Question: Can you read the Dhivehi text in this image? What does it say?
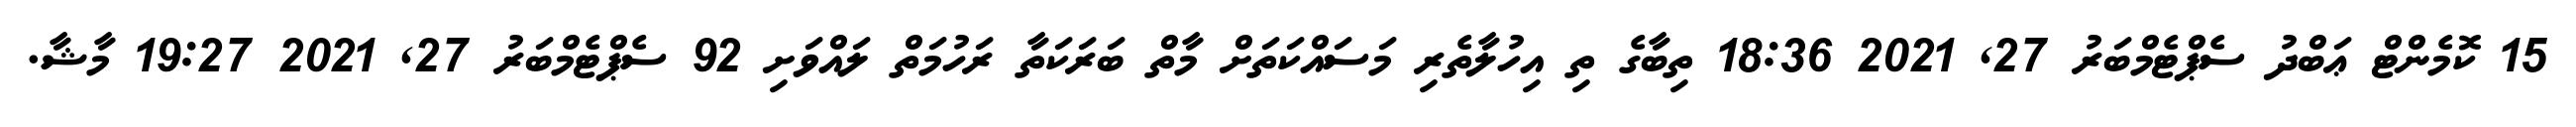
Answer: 15 ކޮމެންޓް ޢަބްދު ސެޕްޓެމްބަރު 27, 2021 18:36 ތިބާގެ ތި އިހުލާތެރި މަސައްކަތަށް މާތް ބަރަކަތާ ރަހުމަތް ލައްވަށި 92 ސެޕްޓެމްބަރު 27, 2021 19:27 މާޝާ.